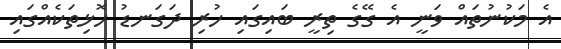
އެ މަކުނުތައް ވަނީ އެ ގޭގެ ތިރީ ބައިގައި ހުރި ދަގަނޑު ހޮޅިތަކެއްގައި